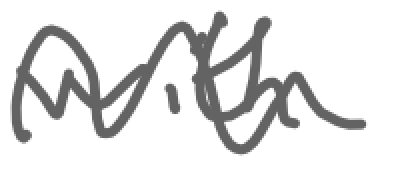
Text: with
Cross-out: wave
Writing tool: digital_gray